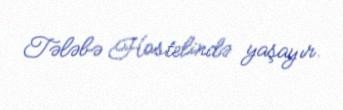
Tələbə Hostelində yaşayır.